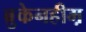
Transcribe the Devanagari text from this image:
ब्रुकेनहीम़